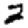
Digit: 2